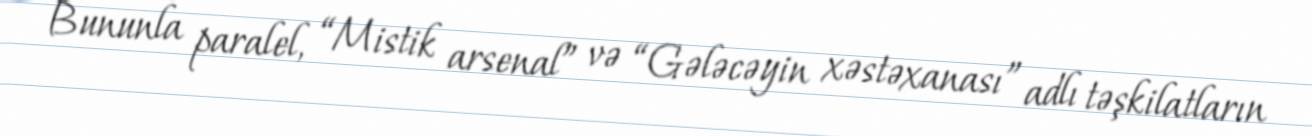
Bununla paralel, “Mistik arsenal” və “Gələcəyin xəstəxanası” adlı təşkilatların